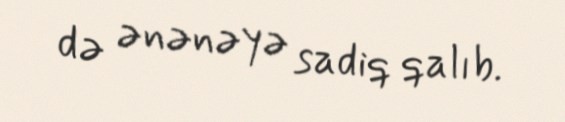
də ənənəyə sadiq qalıb.